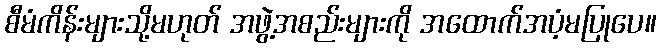
စီမံကိန်းများသို့မဟုတ် အဖွဲ့အစည်းများကို အထောက်အပံ့မပြုပေ။